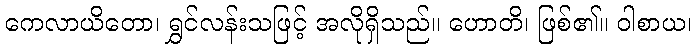
ကေလာယိတော၊ ရွှင်လန်းသဖြင့် အလိုရှိသည်။ ဟောတိ၊ ဖြစ်၏။ ဝါစာယ၊